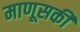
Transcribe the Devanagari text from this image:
माणूसकी